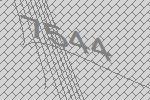
7544